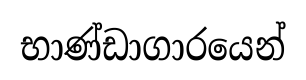
භාණ්ඩාගාරයෙන්